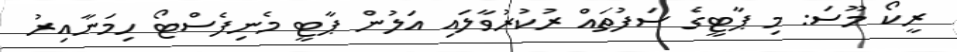
ރީކޯ މޫސަ: މި ޕާޓީގެ ސަފުތައް ރުކުރުވާލައި އަލުން ޕާޓީ މެނިފެސްޓޯ ހިމަނާއިރު